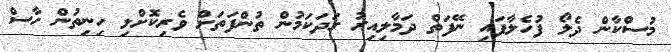
މުސްކާން ދެލޯ ފުހެލާފައި ނޭފަތް ދަމާލިއިރު ގަދަކަމުން ތުންފަތަށް ވެރިކޮށްލި ހިނިތުން ހާސް